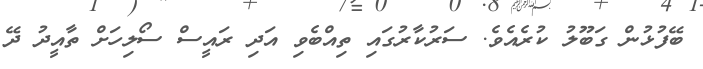
ބޭފުޅުން ގަބޫލު ކުރެއެވެ. ސަރުކާރުގައި ތިއްބެވި އަދި ރައީސް ސޯލިހަށް ތާއީދު ދޭ